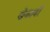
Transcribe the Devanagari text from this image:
खेळावी